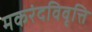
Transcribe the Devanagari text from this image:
मकरंदविवृत्ति